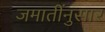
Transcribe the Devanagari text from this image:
जमातींनुसार